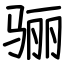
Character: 骊